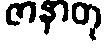
ဇာနာတု